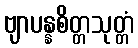
ဗျာပန္နစိတ္တသုတ္တံ